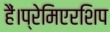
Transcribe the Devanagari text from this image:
हैं।प्रेमिएरशिप